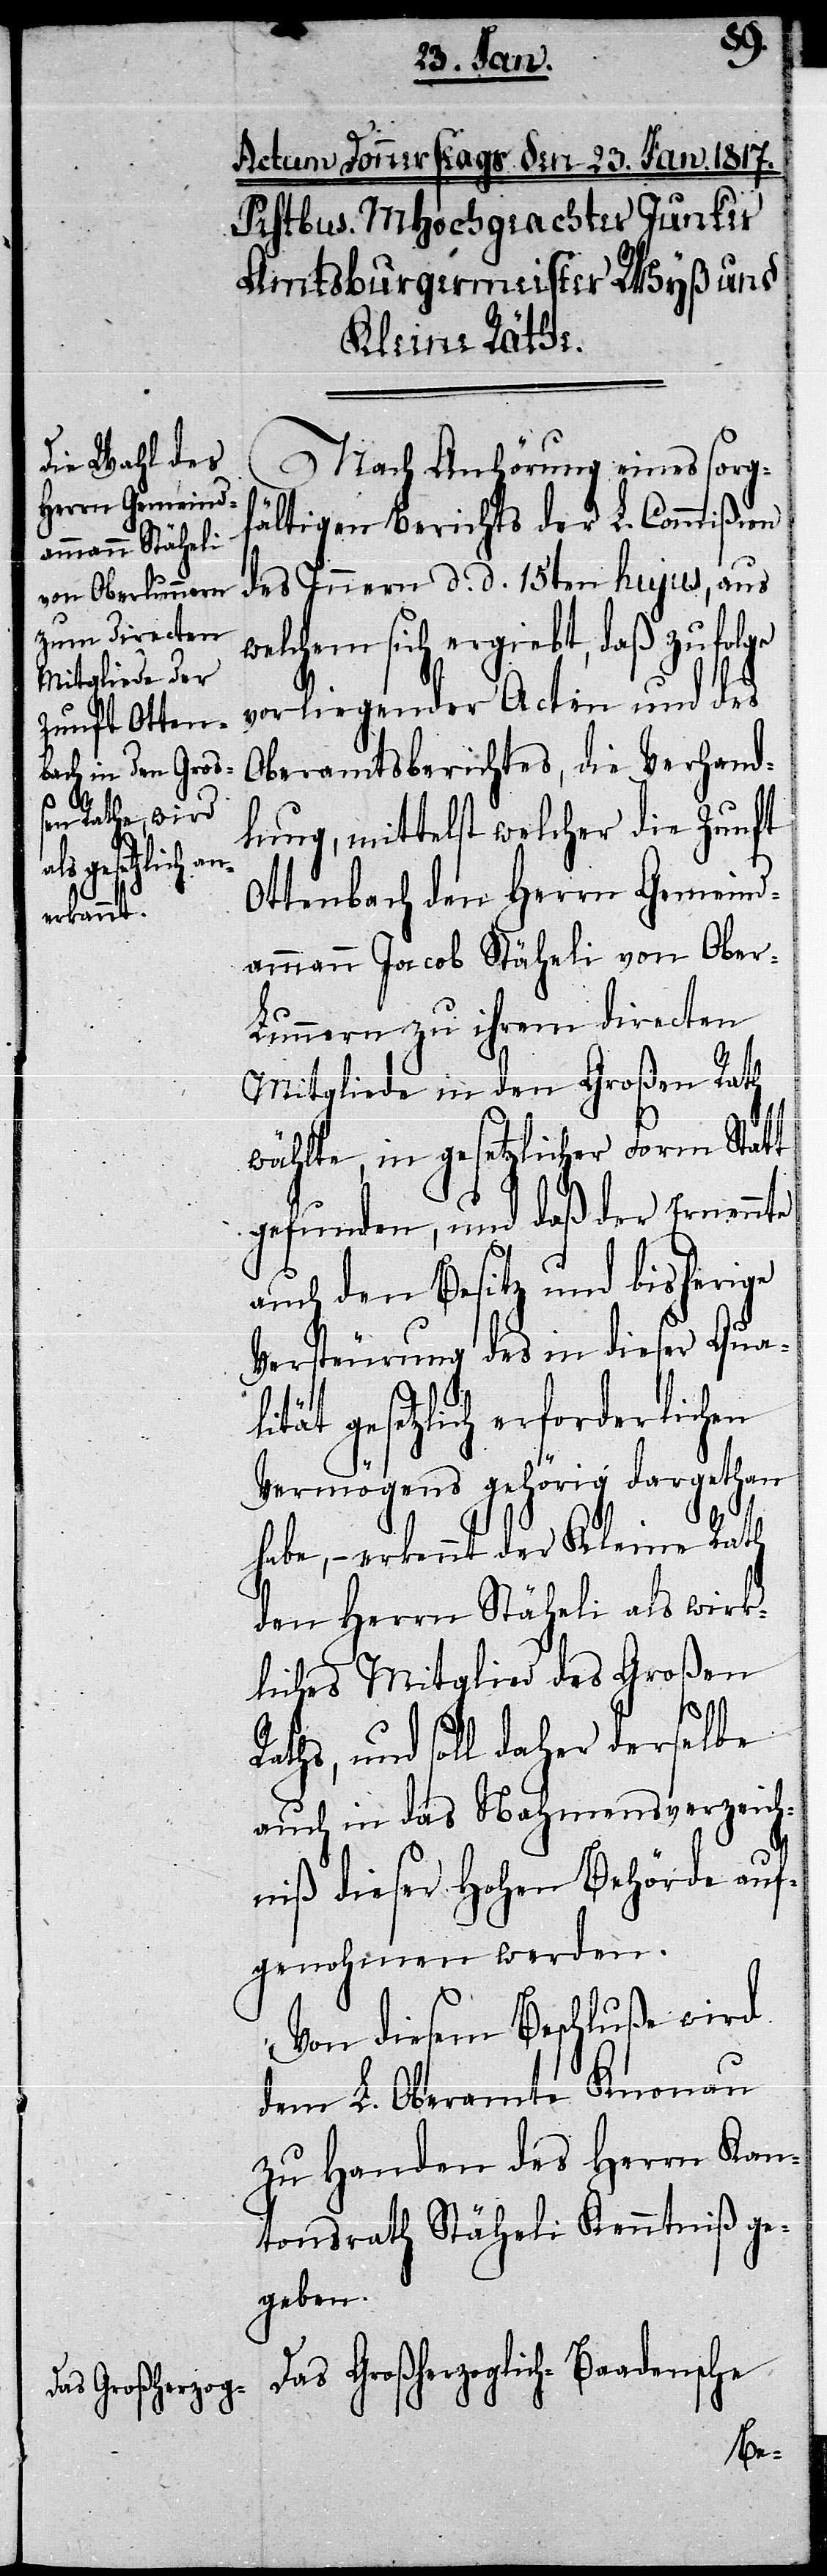
Nach Anhörung eines sorgf¬
ältigen Berichts der L. Commißion
des Innern d. d. 15ten hujus, aus
welchem sich ergiebt, daß zufolge
vorliegender Acten und des
Oberamtsberichtes, die Verhand¬
lung, mittelst welcher die Zunft
Ottenbach den Herrn Gemeind¬
ammann Jacob Stäheli von Ober-L¬
unnern zu ihrem directen
Mitgliede in den Großen Rath
wählte, in gesetzlicher Form Statt
gefunden, und daß der Ernennte
auch den Besitz und bisherige
Versteurung des in dieser Qual¬
ität gesetzlich erforderlichen
Vermögens gehörig dargethan
habe, – erkennt der Kleine Rath
den Herrn Stäheli als wirk¬
liches Mitglied des Großen
Raths, und soll daher derselbe
auch in das Nahmensverzeich¬
niß dieser Hohen Behörde auf¬
genohmen werden.
Von diesem Beschluße wird
dem L. Oberamte Knonau
zu Handen des Herrn Kan¬
tonsrath Stäheli Kenntniß ge¬
geben.
Das Großherzoglich-Baadensche